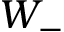
W _ { - }